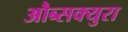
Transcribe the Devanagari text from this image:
औब्सक्युरा